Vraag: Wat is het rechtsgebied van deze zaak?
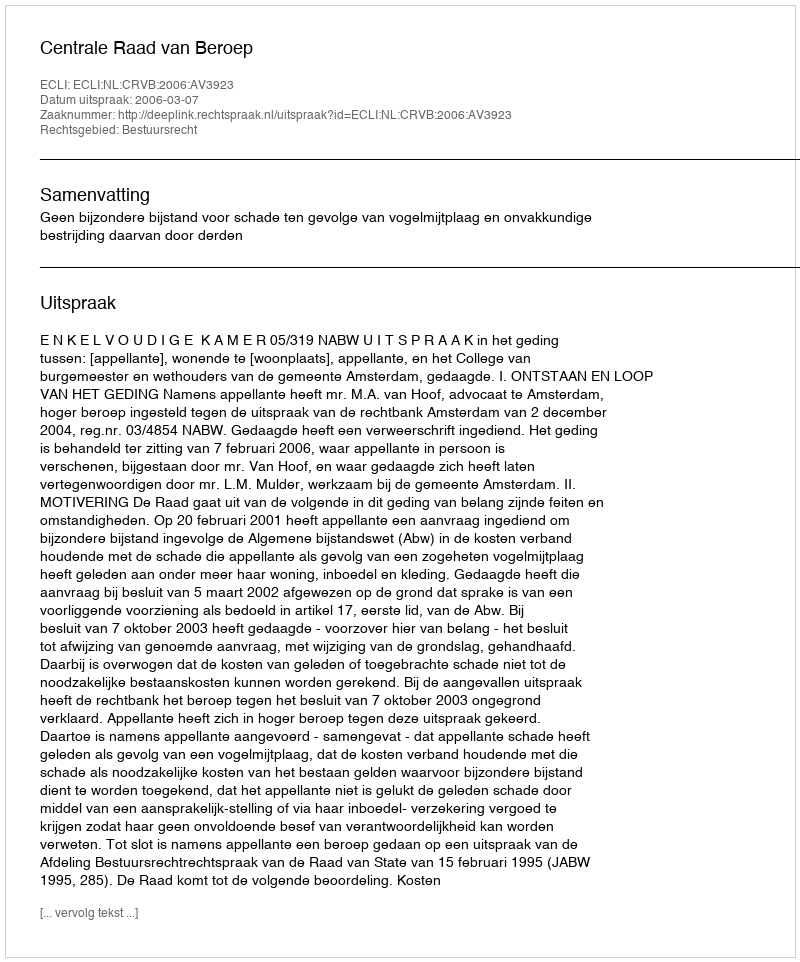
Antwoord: Bestuursrecht